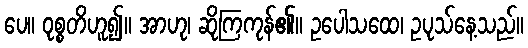
ပေ။ ဝုစ္စတိဟူ၍။ အာဟု၊ ဆိုကြကုန်၏။ ဥပေါသထေ၊ ဥပုသ်နေ့သည်။